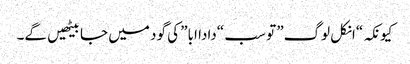
کیونکہ “انکل لوگ” تو سب “دادا ابا” کی گود میں جا بیٹھیں گے۔